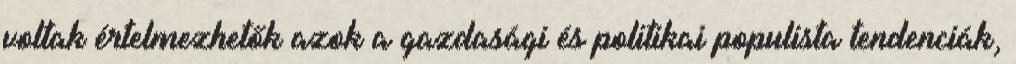
voltak értelmezhetők azok a gazdasági és politikai populista tendenciák,